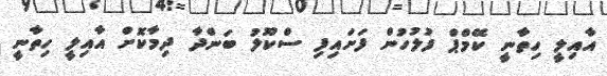
އާއިލީ ހިތާނީ ކޭމްޕް ފުލުހުން ފަށައިފި ސްކޫލު ބަންދާ ދިމާކޮށް އާއިލީ ހިތާނީ